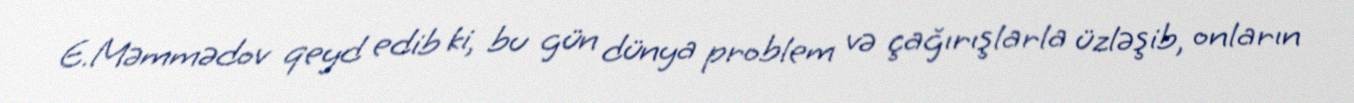
E.Məmmədov qeyd edib ki, bu gün dünya problem və çağırışlarla üzləşib, onların